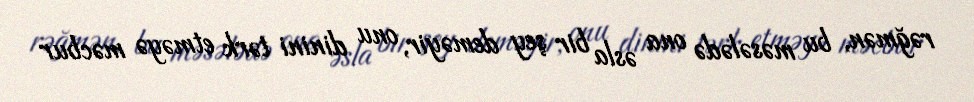
rəğmən, bu məsələdə ona əsla bir şey deməyir, onu dinini tərk etməyə məcbur